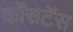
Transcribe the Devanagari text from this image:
कोंसटेंस